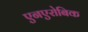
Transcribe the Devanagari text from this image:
एनएरोबिक